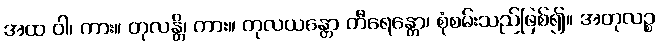
အထ ဝါ၊ ကား။ တုလန္တိ၊ ကား။ တုလယန္တော တီရေန္တော၊ စုံစမ်းသည်ဖြစ်၍။ အတုလဉ္စ